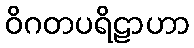
ဝိဂတပရိဠာဟာ